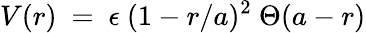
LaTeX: V(r)~=~\epsilon~(1-r/a)^{2}~\Theta(a-r)